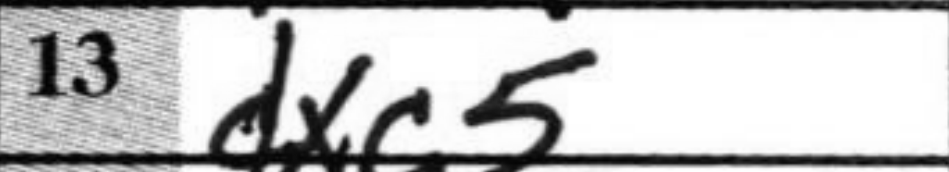
Transcription: dxc5